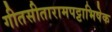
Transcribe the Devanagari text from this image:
गीतसीतारामपट्टाभिषेक